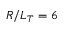
R / L _ { T } = 6